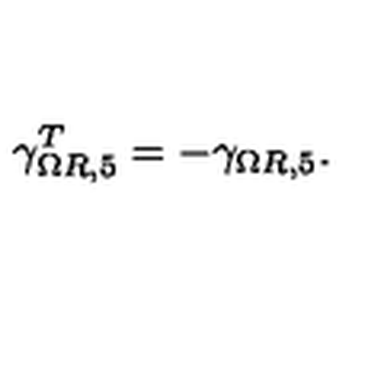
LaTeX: \gamma _ { \Omega R , 5 } ^ { T } = - \gamma _ { \Omega R , 5 } .